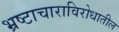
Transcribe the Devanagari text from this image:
भ्रष्टाचाराविरोधातील